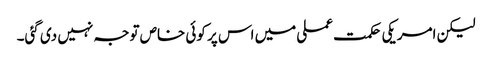
لیکن امریکی حکمت عملی میں اس پر کوئی خاص توجہ نہیں دی گئی۔